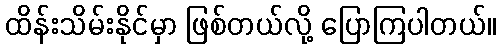
ထိန်းသိမ်းနိုင်မှာ ဖြစ်တယ်လို့ ပြောကြပါတယ်။